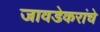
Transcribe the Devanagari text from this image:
जावडेकरांचे